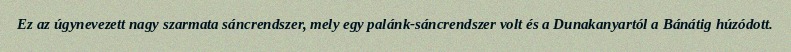
Ez az úgynevezett nagy szarmata sáncrendszer, mely egy palánk-sáncrendszer volt és a Dunakanyartól a Bánátig húzódott.